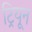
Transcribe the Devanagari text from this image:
ट्रियून